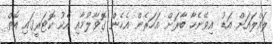
ލައްލައަށް އަޑު އިވޭނެހާ ބާރަށް އަހަރެން އެހެން ގޮވާލުމާއި އެކު ކޮޓަރީގައި އޮތް